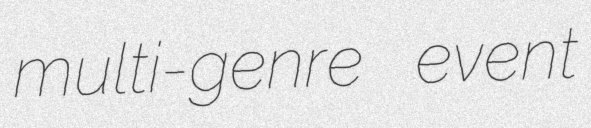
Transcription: multi-genre event